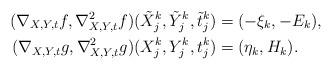
LaTeX: \begin{align*} (\nabla_{X,Y,t} f, \nabla_{X,Y,t}^2 f)(\tilde X^k_j, \tilde Y^k_j, \tilde t^k_j) &= (-\xi_k, -E_k), \\ (\nabla_{X,Y,t} g, \nabla_{X,Y,t}^2 g)(X^k_j, Y^k_j, t^k_j) &= (\eta_k, H_k).\end{align*}